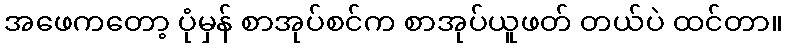
အဖေကတော့ ပုံမှန် စာအုပ်စင်က စာအုပ်ယူဖတ် တယ်ပဲ ထင်တာ။